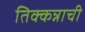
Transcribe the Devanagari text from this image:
तिक्कन्नाची